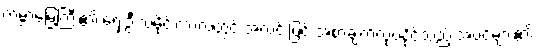
ကမ္ဘာမြေကြီး၏ ရှေးဦးသမိုင်းကာလတွင် အလင်းဖြင့် အစာချက်လုပ်နိုင်သည့် အပင်များ၏